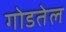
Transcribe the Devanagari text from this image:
गोडतेल